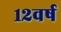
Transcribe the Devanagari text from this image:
१२वर्ष